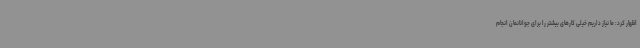
اظهار کرد: ما نیاز داریم خیلی کارهای بیشتر را برای جوانانمان انجام